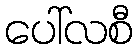
ပေါ်လစီ